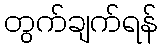
တွက်ချက်ရန်